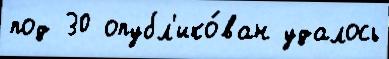
под 30 опубл'ико́ван удалось